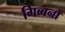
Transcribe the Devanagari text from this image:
गिब्बनों